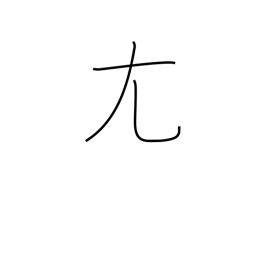
Meaning: crooked-big radical (no. 43)